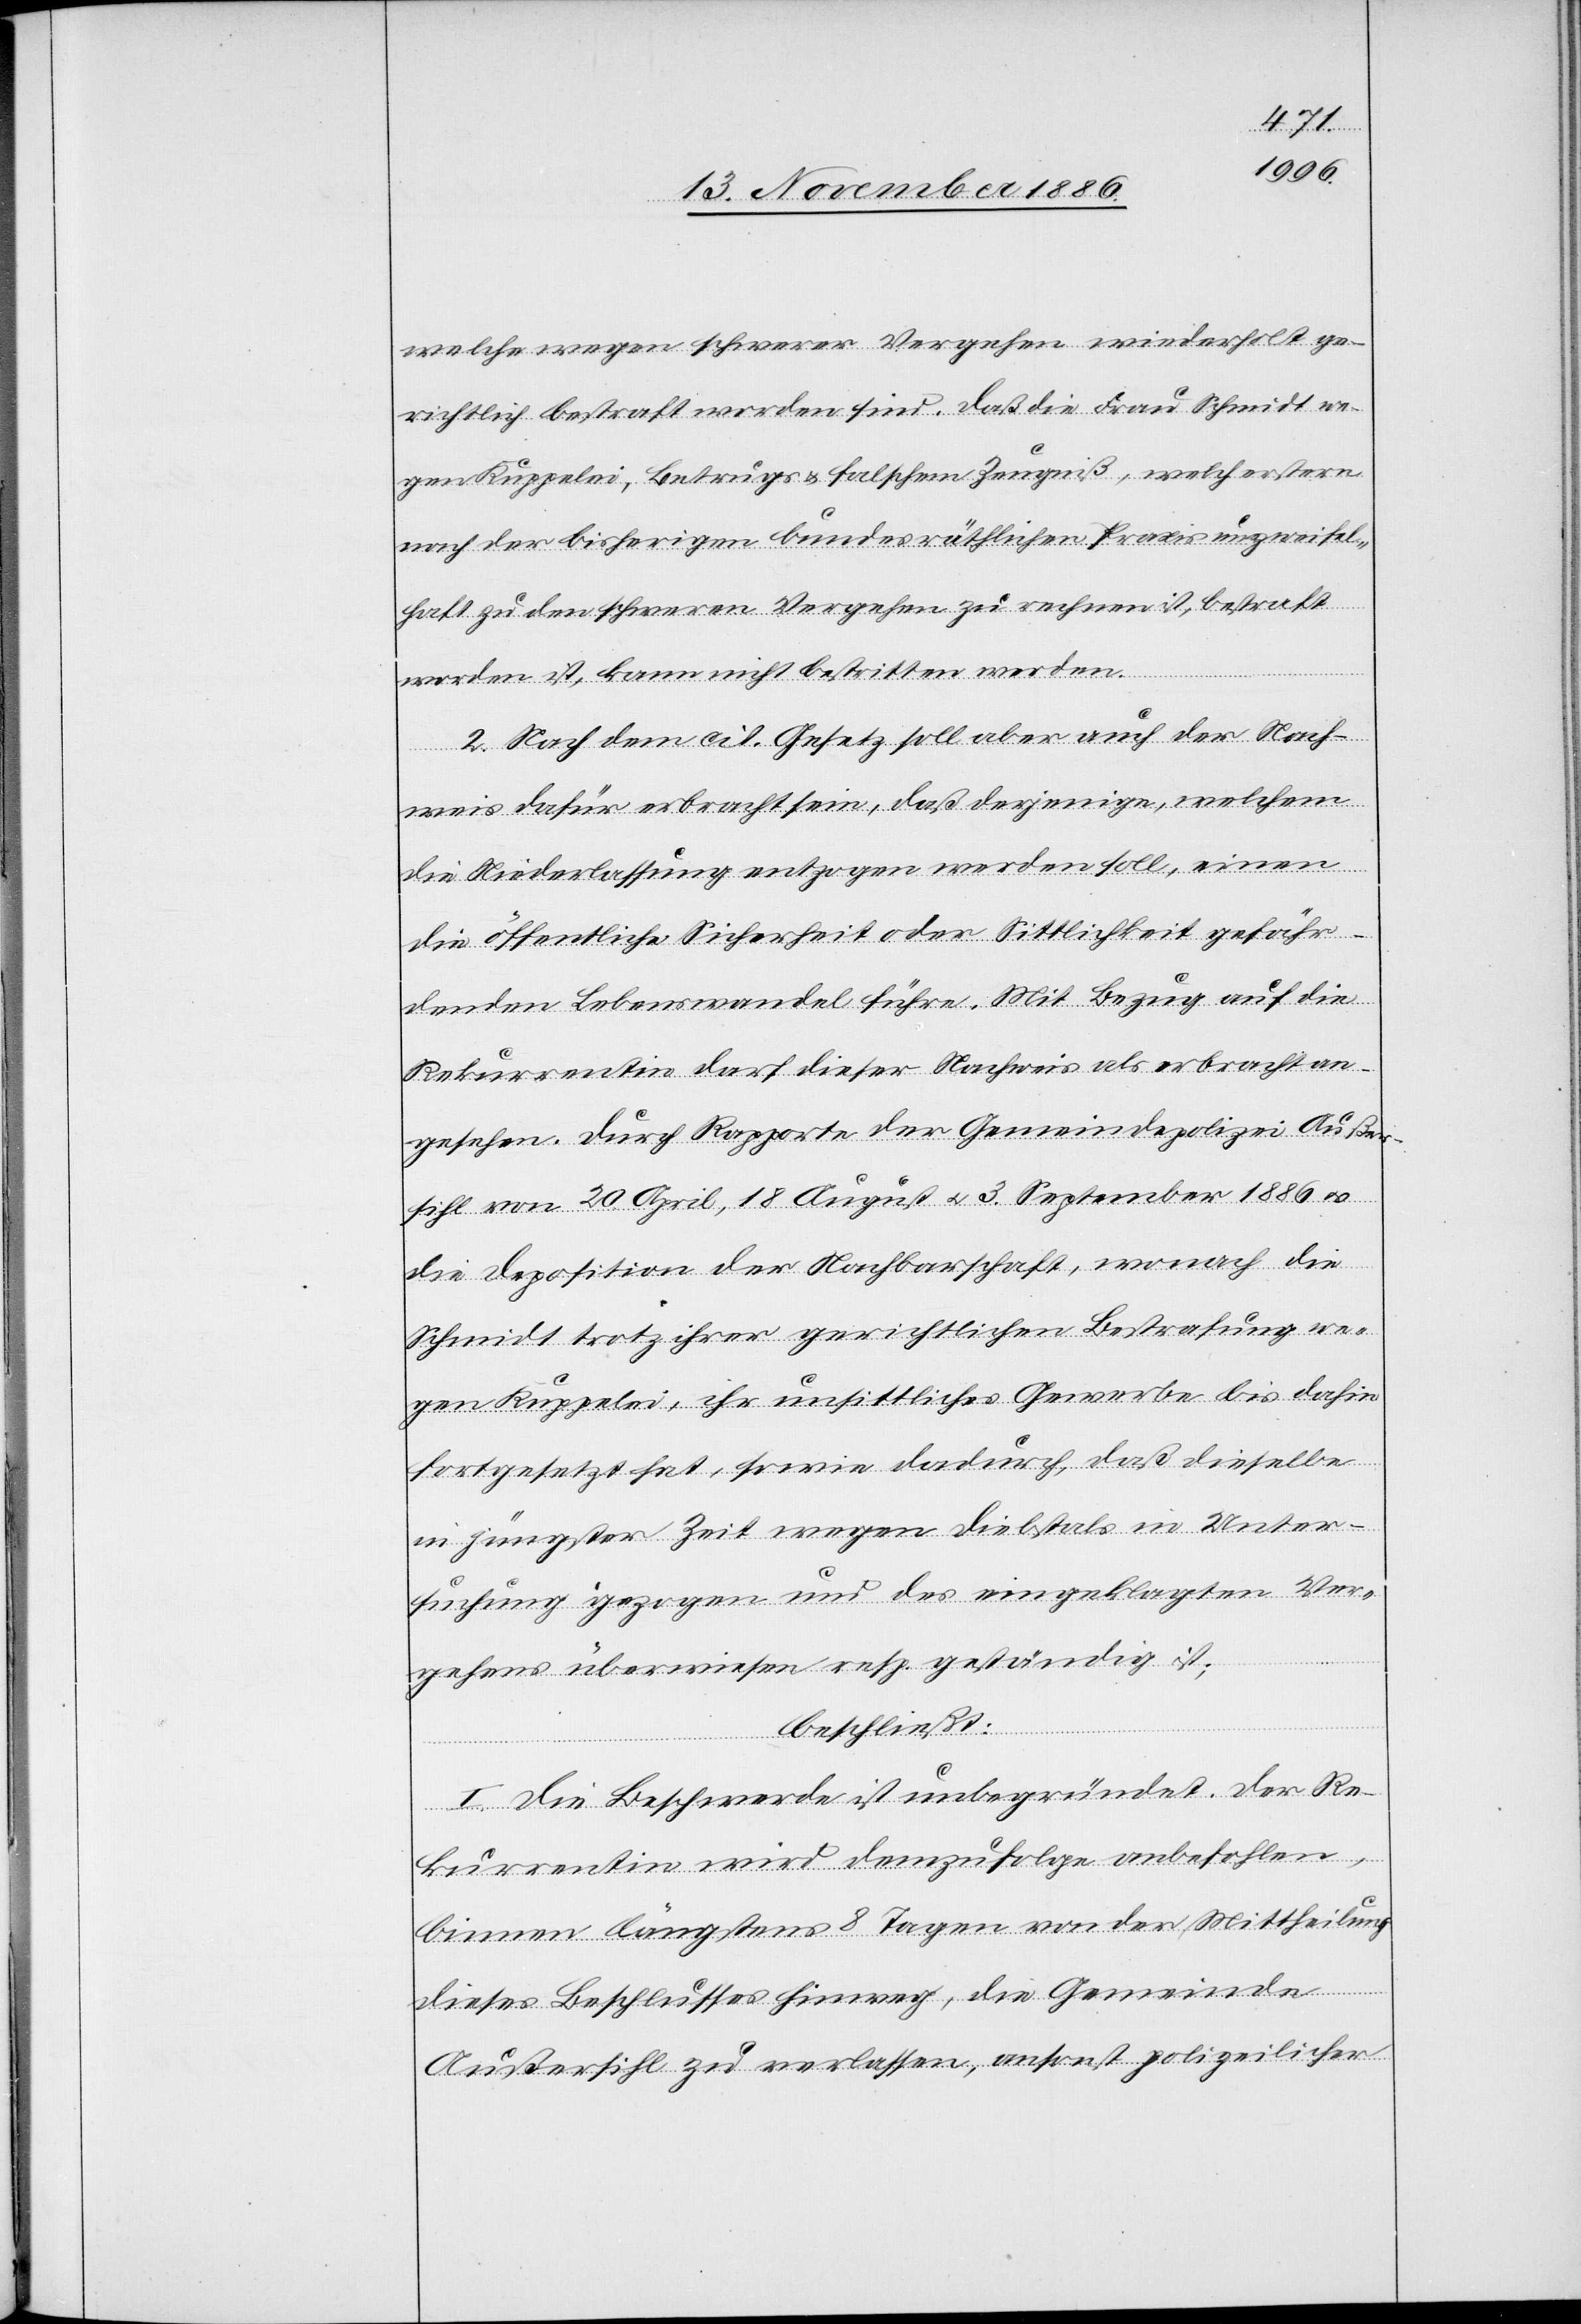
welche wegen schwerer Vergehen wiederholt ge¬
richtlich bestraft worden sind. Daß die Frau Schmidt we¬
gen Kuppelei, Betrugs & falschem Zeugniß, welch erstere
nach der bisherigen bundesräthlichen Praxis unzweifel¬
haft zu den schweren Vergehen zu rechnen ist, bestraft
worden ist, kann nicht bestritten werden.
2. Nach dem cit. Gesetz soll aber auch der Nach¬
weis dafür erbracht sein, daß derjenige, welchem
die Niederlassung entzogen werden soll, einen
die öffentliche Sicherheit oder Sittlichkeit gefähr¬
denden Lebenswandel führe. Mit Bezug auf die
Rekurrentin darf dieser Nachweis als erbracht an¬
erden]. Durch Rapporte der Gemeindepolizei Außer¬
sihl von 20. April, 18. August & 3. September 1886 &
die Deposition der Nachbarschaft, wonach die
Schmidt trotz ihrer gerichtlichen Bestrafung we¬
gen Kuppelei, ihr unsittliches Gewerbe bis dahin
fortgesetzt hat, sowie dadurch, daß dieselbe
in jüngster Zeit wegen Diebstals in Unter¬
suchung gezogen und des eingeklagten Ver¬
gehens überwiesen resp. geständig ist;
beschließt:
[w¬
I. Die Beschwerde ist unbegründet. Der Re¬
kurrentin wird demzufolge anbefohlen,
binnen längstens 8 Tagen von der Mittheilung
dieses Beschlusses hinweg, die Gemeinde
Außersihl zu verlassen, ansonst polizeilicher